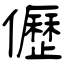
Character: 儮